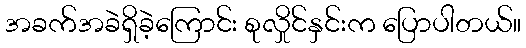
အခက်အခဲရှိခဲ့ကြောင်း စုလှိုင်နှင်းက ပြောပါတယ်။